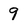
Character: 9